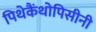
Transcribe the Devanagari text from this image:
पिथेकैंथोपिसीनी